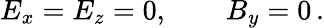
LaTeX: E_{x}=E_{z}=0,\quad\quad B_{y}=0\, .